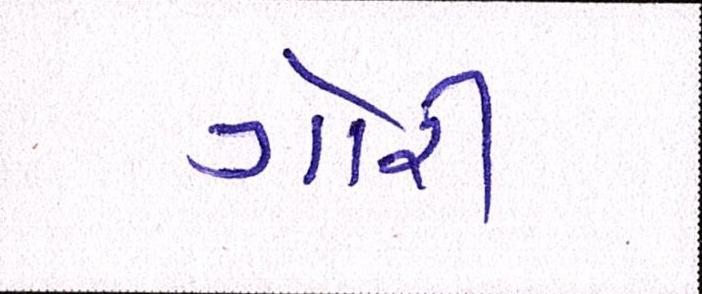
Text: ગોરી